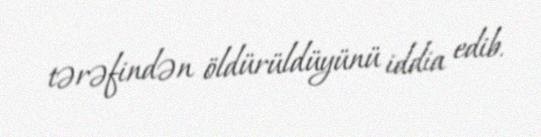
tərəfindən öldürüldüyünü iddia edib.